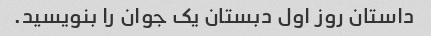
داستان روز اول دبستان یک جوان را بنویسید.